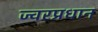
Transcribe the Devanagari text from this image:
ज्वरप्रधान